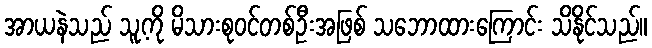
အာယနဲသည် သူ့ကို မိသားစုဝင်တစ်ဦးအဖြစ် သဘောထားကြောင်း သိနိုင်သည်။